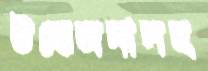
উত্তেজনাসহ